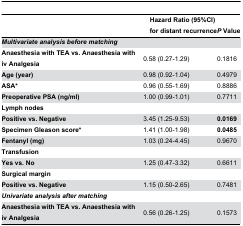
<table><thead><tr><td></td><td></td><td><b><i>P</i> Value</b></td></tr></thead><tbody><tr><td><b><i>Multivariate analysis before matching</i></b></td><td></td><td></td></tr><tr><td><b>Anaesthesia with TEA vs. Anaesthesia with iv Analgesia</b></td><td>0.58 (0.27-1.29)</td><td>0.1816</td></tr><tr><td><b>Age (year)</b></td><td>0.98 (0.92-1.04)</td><td>0.4979</td></tr><tr><td><b>ASA*</b></td><td>0.96 (0.55-1.69)</td><td>0.8886</td></tr><tr><td><b>Preoperative PSA (ng/ml)</b></td><td>1.00 (0.99-1.01)</td><td>0.7711</td></tr><tr><td><b>Lymph nodes</b></td><td></td><td></td></tr><tr><td><b>Positive vs. Negative</b></td><td>3.45 (1.25-9.53)</td><td><b>0.0169</b></td></tr><tr><td><b>Specimen Gleason score*</b></td><td>1.41 (1.00-1.98)</td><td><b>0.0485</b></td></tr><tr><td><b>Fentanyl (mg)</b></td><td>1.03 (0.24-4.45)</td><td>0.9670</td></tr><tr><td><b>Transfusion</b></td><td></td><td></td></tr><tr><td><b>Yes vs. No</b></td><td>1.25 (0.47-3.32)</td><td>0.6611</td></tr><tr><td><b>Surgical margin</b></td><td></td><td></td></tr><tr><td><b>Positive vs. Negative</b></td><td>1.15 (0.50-2.65)</td><td>0.7481</td></tr><tr><td><b><i>Univariate analysis after matching</i></b></td><td></td><td></td></tr><tr><td><b>Anaesthesia with TEA vs. Anaesthesia with iv Analgesia</b></td><td>0.56 (0.26-1.25)</td><td>0.1573</td></tr></tbody></table>